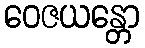
ဝေဇယန္တော